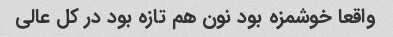
واقعا خوشمزه بود نون هم تازه بود در کل عالی